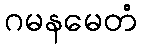
ဂမနမေတံ